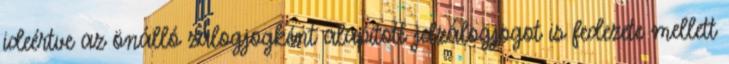
ideértve az önálló zálogjogként alapított jelzálogjogot is fedezete mellett